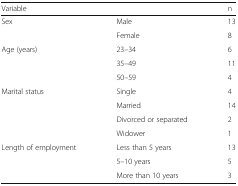
| Variable |  | n |
 | --- | --- | --- |
 | <ROWSPAN=2> Sex | Male | 13 |
 | Female | 8 |
 | <ROWSPAN=3> Age (years) | 23–34 | 6 |
 | 35–49 | 11 |
 | 50–59 | 4 |
 | <ROWSPAN=4> Marital status | Single | 4 |
 | Married | 14 |
 | Divorced or separated | 2 |
 | Widower | 1 |
 | <ROWSPAN=3> Length of employment | Less than 5 years | 13 |
 | 5–10 years | 5 |
 | More than 10 years | 3 |